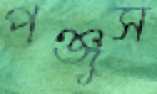
পঞ্জুস